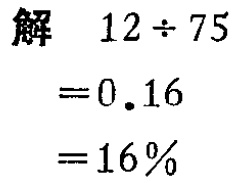
```

解

$12\div75$

$ = 0.16$

$= 0. \dot{1}\dot{6}$

$= 16\%$

```